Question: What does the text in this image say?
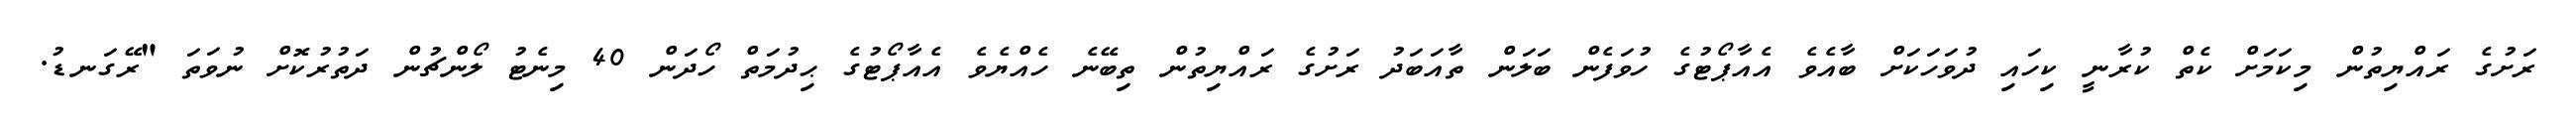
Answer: ރަށުގެ ރައްޔިތުން މިކަމަށް ކެތް ކުރާނީ ކިހައި ދުވަހަކަށް ބާއެވެ އެއާޕޯޓުގެ ހުވަފެން ބަލަން ތާއަބަދު ރަށުގެ ރައްޔިތުން ތިބޭނެ ހެއްޔެވެ އެއާޕޯޓުގެ ޙިދުމަތް ހޯދަން 40 މިނެޓު ލޯންޗުން ދަތުރުކޮށް ނުވަތަ "ރޭގަނޑު.